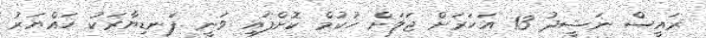
ރައީސް ނަޝީދު 13 އަހަރަށް ޖަލަށް ހުކުމް ކޮށްފައި ވަނީ ފަނޑިޔާރަކު ހައްޔަރު